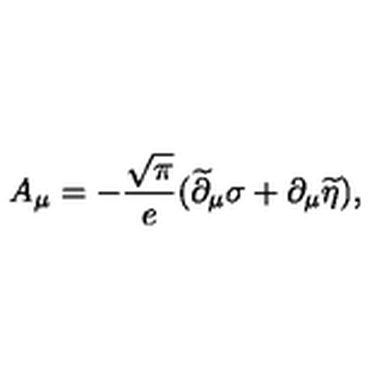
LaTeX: A _ { \mu } = - { \frac { \sqrt { \pi } } { e } } ( \widetilde \partial _ { \mu } \sigma + \partial _ { \mu } \widetilde \eta ) ,